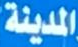
المدينة